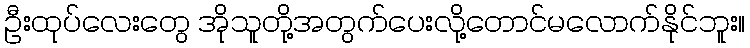
ဦးထုပ်လေးတွေ အိုသူတို့အတွက်ပေးလို့တောင်မလောက်နိုင်ဘူး။